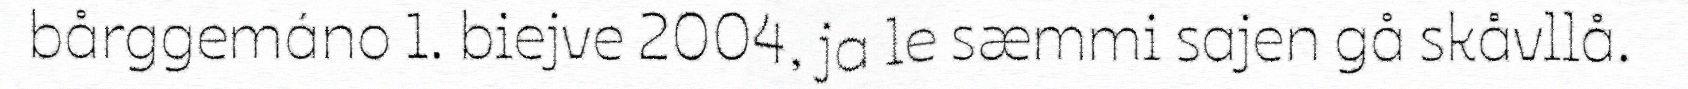
bårggemáno 1. biejve 2004, ja le sæmmi sajen gå skåvllå.